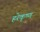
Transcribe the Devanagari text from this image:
हरेकृष्‍ण